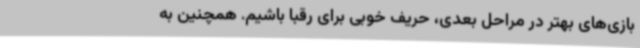
بازی‌های بهتر در مراحل بعدی، حریف خوبی برای رقبا باشیم. همچنین به